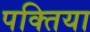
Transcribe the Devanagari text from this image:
पक्तिया